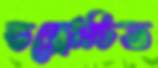
ভদ্রোচিত